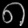
Digit: ၈